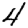
Digit: 4